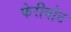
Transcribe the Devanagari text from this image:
फेरीबोट